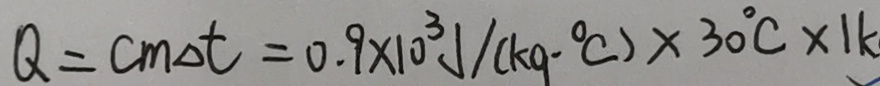
Q = c m \Delta t = 0 . 9 \times 1 0 ^ { 3 } J / ( k g - ^ { \circ } C ) \times 3 0 ^ { \circ } C \times 1 k